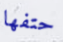
حتفها